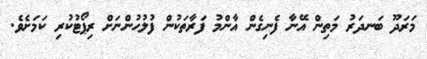
މަރަދޫ ބަނދަރު މަތިން އޭނާ ފެނިގެން އާންމު ފަރާތަކުން ފުލުހުންނަށް ރިޕޯޓުކުރި ކަމަށެވެ.